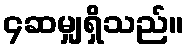
၄ဆမျှရှိသည်။